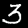
Digit: 3